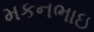
મકનભાઇ